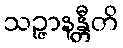
သဉ္ဇာနန္တီတိ